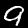
Label: 9